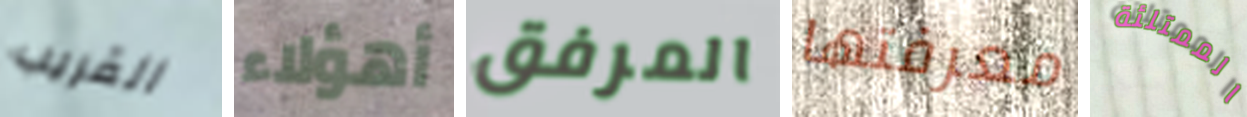
القريب أهؤلاء المرفق معرفتها الممتلئة